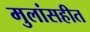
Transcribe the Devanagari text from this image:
मुलांसहीत